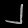
Digit: ၂